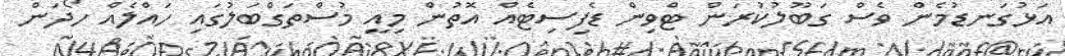
އަޅުގަނޑުމެން ވެސް ގަބޫލުކުރަން ޓްވިން ޑެފިސިޓެއް އޮތުން މިއީ މުސްތަގްބަލުގައި ހައްލެއް ހޯދަން